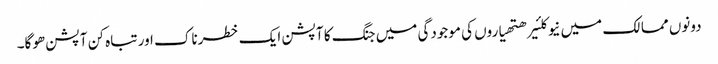
دونوں ممالک میں نیوکلئیر ھتھیاروں کی موجودگی میں جنگ کا آپشن ایک خطرناک اور تباہ کن آپشن ھوگا۔